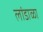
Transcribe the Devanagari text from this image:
लांडाळा